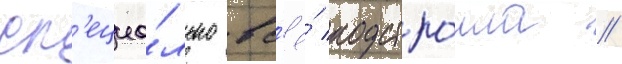
сп'ециа́льно вс'ё́ подстро́ила /